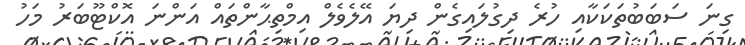
ގިނަ ސަބަބުތަކަކާއި ހުރެ ދިގުލައިގެން ދިޔަ އޭލެވެލް އިމްތިޙާންތައް އަންނަ އޮކްޓޫބަރު މަހު